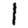
Digit: 1